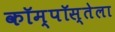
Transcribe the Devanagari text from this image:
कॉम्पॉस्तेला